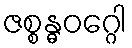
ဇစ္စန္ဓဝဂ္ဂေါ